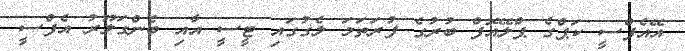
އޭއެފްސީ ކަޕްގެ ޕްލޭއޮފް ބުރުގެ ފުރަތަމަ ލެގުގައި ޓީސީ އާއި ބެންގަލޫރު އެފްސީ